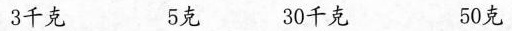
3千克 5克 30千克 50克